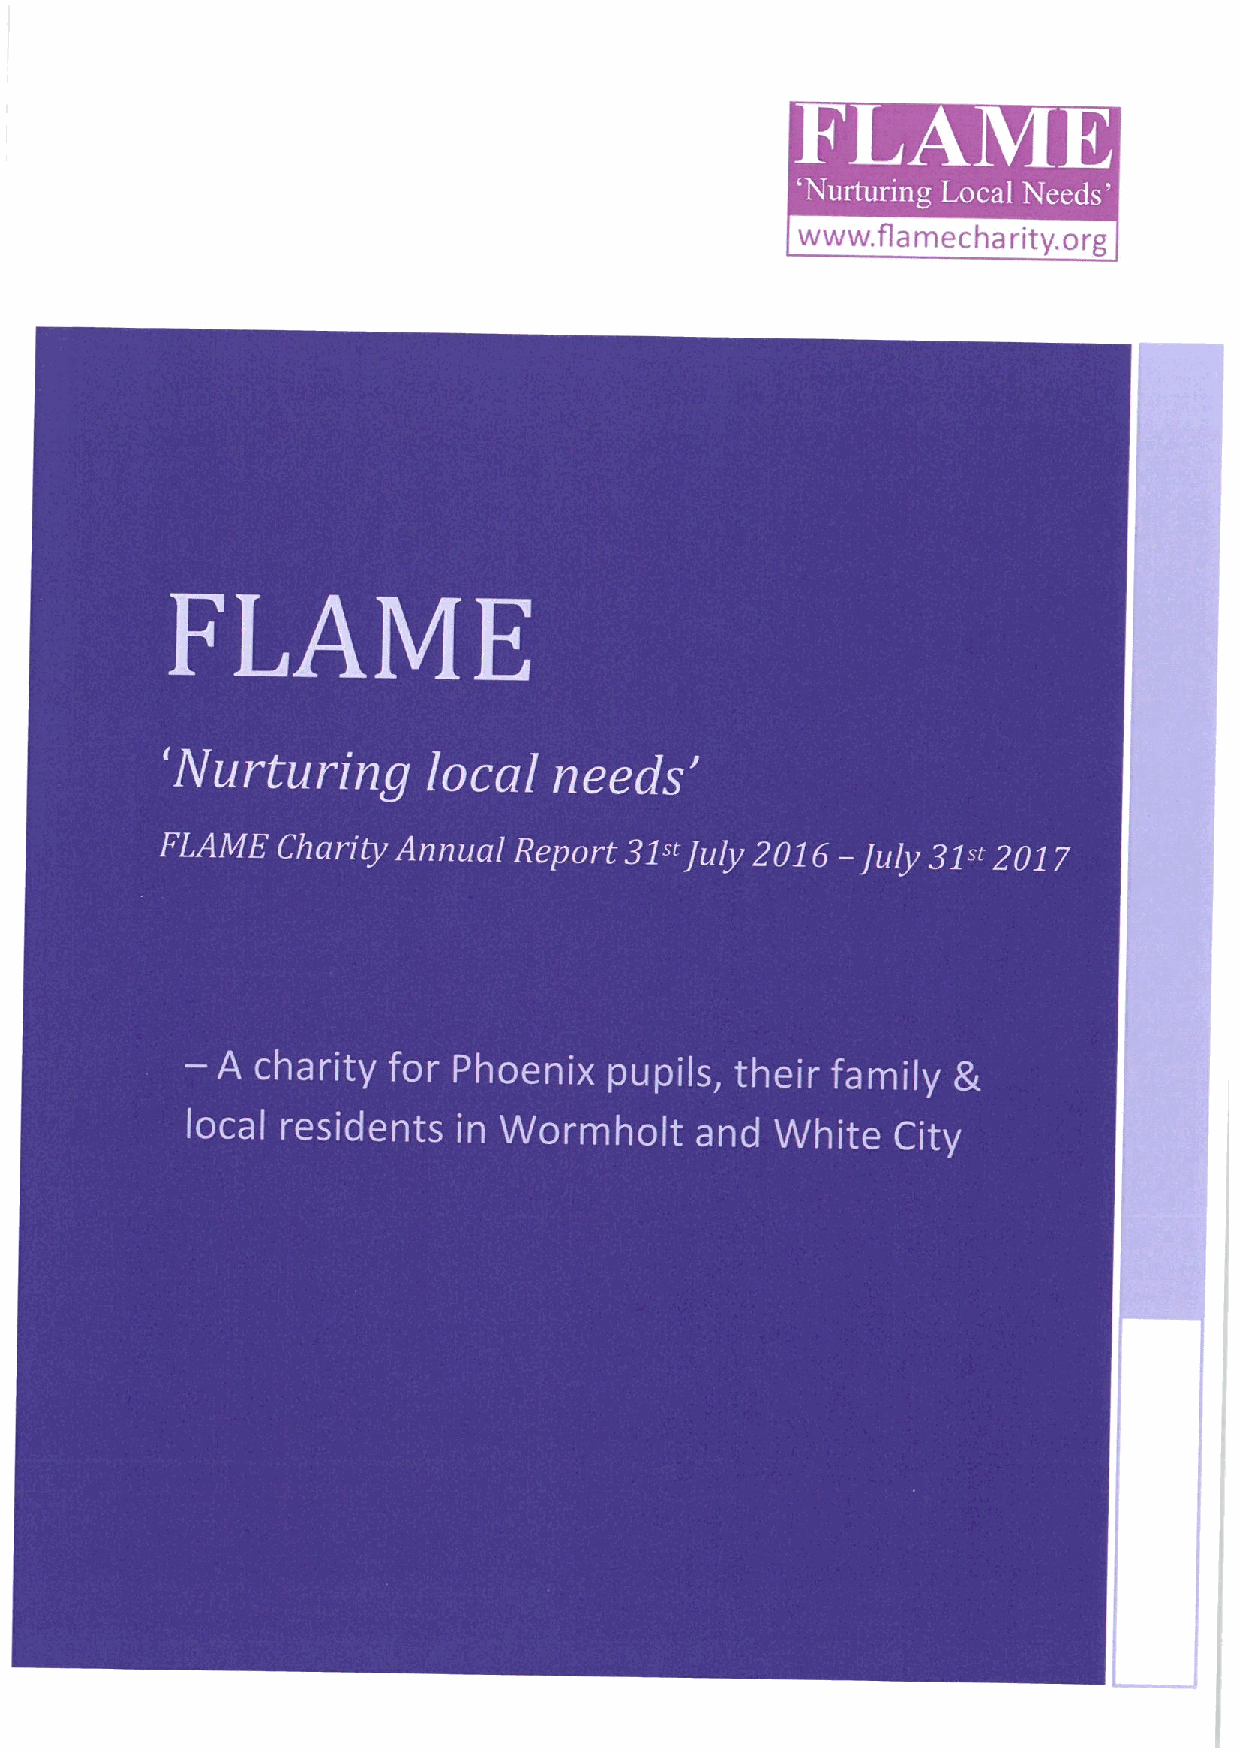
www. fla mech a rity. org